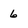
Character: 6